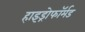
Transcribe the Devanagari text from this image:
हाइड्रोफॉर्मड